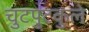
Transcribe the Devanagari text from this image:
चुटपुटकुले